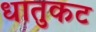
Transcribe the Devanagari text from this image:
धातुकट